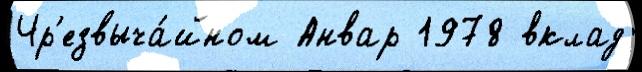
Чр'езвыча́йном Анвар 1978 вклад